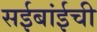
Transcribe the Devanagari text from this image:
सईबांईची